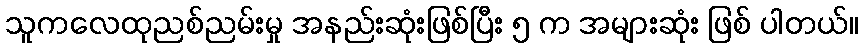
သူကလေထုညစ်ညမ်းမှု အနည်းဆုံးဖြစ်ပြီး ၅ က အများဆုံး ဖြစ် ပါတယ်။